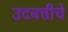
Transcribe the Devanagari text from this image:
उदबत्तीचे